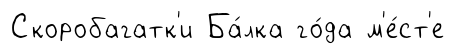
Скоробагатк'и Ба́лка го́да м'е́ст'е